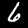
Digit: 6